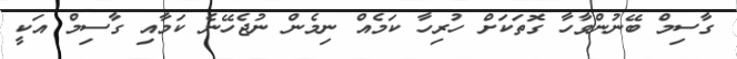
ގާސިމް ބޭނުންވާހާ ގޮތަކަށް ހުރިހާ ކަމެއް ނިމެން ނުޖެހޭނެ ކަމާއި ގާސިމް އަކީ